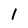
Character: 1